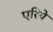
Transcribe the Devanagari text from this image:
एरिये